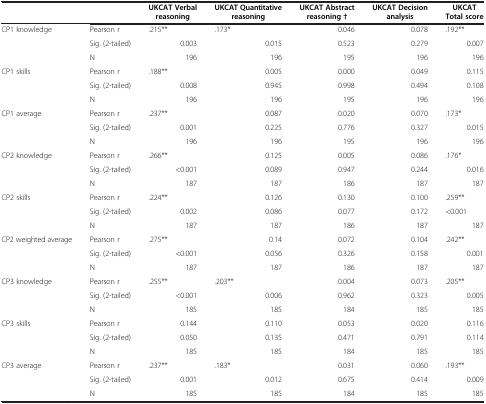
<table><thead><tr><td><b> </b></td><td><b> </b></td><td><b>UKCAT Verbal reasoning</b></td><td><b>UKCAT Quantitative reasoning</b></td><td><b>UKCAT Abstract reasoning †</b></td><td><b>UKCAT Decision analysis</b></td><td><b>UKCAT Total score</b></td></tr></thead><tbody><tr><td>CP1 knowledge</td><td>Pearson r</td><td>.215**</td><td>.173*</td><td>0.046</td><td>0.078</td><td>.192**</td></tr><tr><td> </td><td>Sig. (2-tailed)</td><td>0.003</td><td>0.015</td><td>0.523</td><td>0.279</td><td>0.007</td></tr><tr><td> </td><td>N</td><td>196</td><td>196</td><td>195</td><td>196</td><td>196</td></tr><tr><td>CP1 skills</td><td>Pearson r</td><td>.188**</td><td>0.005</td><td>0.000</td><td>0.049</td><td>0.115</td></tr><tr><td> </td><td>Sig. (2-tailed)</td><td>0.008</td><td>0.945</td><td>0.998</td><td>0.494</td><td>0.108</td></tr><tr><td> </td><td>N</td><td>196</td><td>196</td><td>195</td><td>196</td><td>196</td></tr><tr><td>CP1 average</td><td>Pearson r</td><td>.237**</td><td>0.087</td><td>0.020</td><td>0.070</td><td>.173*</td></tr><tr><td> </td><td>Sig. (2-tailed)</td><td>0.001</td><td>0.225</td><td>0.776</td><td>0.327</td><td>0.015</td></tr><tr><td> </td><td>N</td><td>196</td><td>196</td><td>195</td><td>196</td><td>196</td></tr><tr><td>CP2 knowledge</td><td>Pearson r</td><td>.266**</td><td>0.125</td><td>0.005</td><td>0.086</td><td>.176*</td></tr><tr><td> </td><td>Sig. (2-tailed)</td><td>&lt;0.001</td><td>0.089</td><td>0.947</td><td>0.244</td><td>0.016</td></tr><tr><td> </td><td>N</td><td>187</td><td>187</td><td>186</td><td>187</td><td>187</td></tr><tr><td>CP2 skills</td><td>Pearson r</td><td>.224**</td><td>0.126</td><td>0.130</td><td>0.100</td><td>.259**</td></tr><tr><td> </td><td>Sig. (2-tailed)</td><td>0.002</td><td>0.086</td><td>0.077</td><td>0.172</td><td>&lt;0.001</td></tr><tr><td> </td><td>N</td><td>187</td><td>187</td><td>186</td><td>187</td><td>187</td></tr><tr><td>CP2 weighted average</td><td>Pearson r</td><td>.275**</td><td>0.14</td><td>0.072</td><td>0.104</td><td>.242**</td></tr><tr><td> </td><td>Sig. (2-tailed)</td><td>&lt;0.001</td><td>0.056</td><td>0.326</td><td>0.158</td><td>0.001</td></tr><tr><td> </td><td>N</td><td>187</td><td>187</td><td>186</td><td>187</td><td>187</td></tr><tr><td>CP3 knowledge</td><td>Pearson r</td><td>.255**</td><td>.203**</td><td>0.004</td><td>0.073</td><td>.205**</td></tr><tr><td> </td><td>Sig. (2-tailed)</td><td>&lt;0.001</td><td>0.006</td><td>0.962</td><td>0.323</td><td>0.005</td></tr><tr><td> </td><td>N</td><td>185</td><td>185</td><td>184</td><td>185</td><td>185</td></tr><tr><td>CP3 skills</td><td>Pearson r</td><td>0.144</td><td>0.110</td><td>0.053</td><td>0.020</td><td>0.116</td></tr><tr><td> </td><td>Sig. (2-tailed)</td><td>0.050</td><td>0.135</td><td>0.471</td><td>0.791</td><td>0.114</td></tr><tr><td> </td><td>N</td><td>185</td><td>185</td><td>184</td><td>185</td><td>185</td></tr><tr><td>CP3 average</td><td>Pearson r</td><td>.237**</td><td>.183*</td><td>0.031</td><td>0.060</td><td>.193**</td></tr><tr><td> </td><td>Sig. (2-tailed)</td><td>0.001</td><td>0.012</td><td>0.675</td><td>0.414</td><td>0.009</td></tr><tr><td> </td><td>N</td><td>185</td><td>185</td><td>184</td><td>185</td><td>185</td></tr></tbody></table>